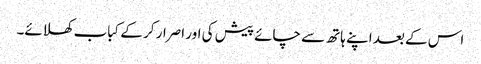
اس کے بعد اپنے ہاتھ سے چائے پیش کی اور اصرار کر کے کباب کھلائے۔